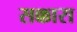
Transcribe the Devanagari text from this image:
सक्कारा